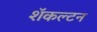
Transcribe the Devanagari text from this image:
शॅकल्टन